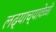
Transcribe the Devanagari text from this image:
लढ्याच्यावेळी